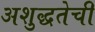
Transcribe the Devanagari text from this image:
अशुद्धतेची